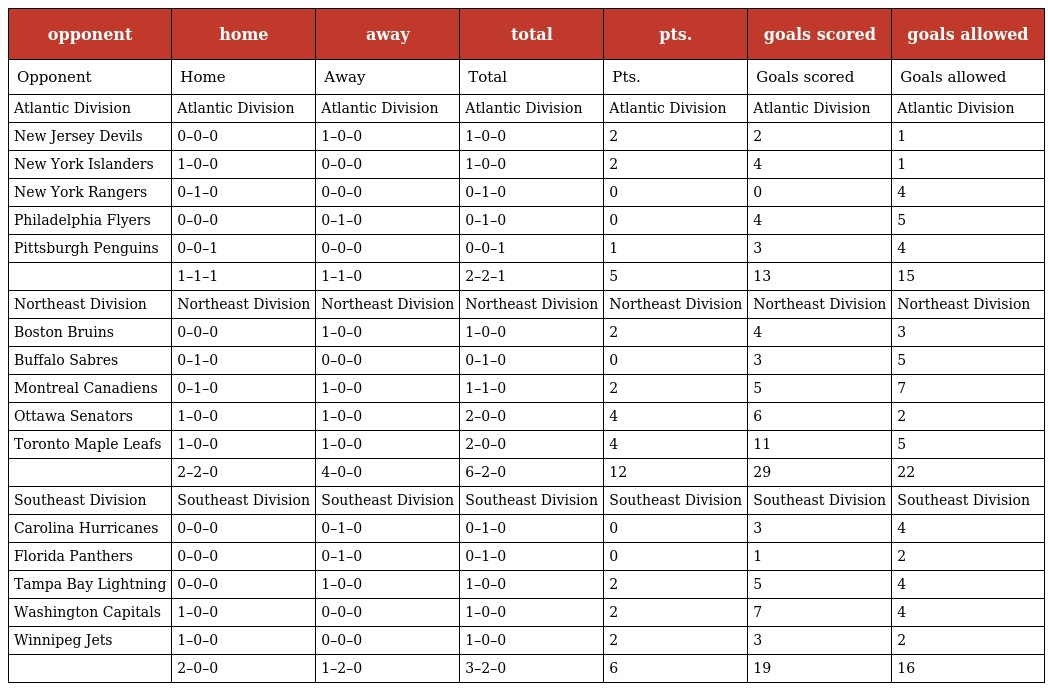
| opponent | home | away | total | pts. | goals scored | goals allowed |
 | --- | --- | --- | --- | --- | --- | --- |
 | Opponent | Home | Away | Total | Pts. | Goals scored | Goals allowed |
 | Atlantic Division | Atlantic Division | Atlantic Division | Atlantic Division | Atlantic Division | Atlantic Division | Atlantic Division |
 | New Jersey Devils | 0–0–0 | 1–0–0 | 1–0–0 | 2 | 2 | 1 |
 | New York Islanders | 1–0–0 | 0–0–0 | 1–0–0 | 2 | 4 | 1 |
 | New York Rangers | 0–1–0 | 0–0–0 | 0–1–0 | 0 | 0 | 4 |
 | Philadelphia Flyers | 0–0–0 | 0–1–0 | 0–1–0 | 0 | 4 | 5 |
 | Pittsburgh Penguins | 0–0–1 | 0–0–0 | 0–0–1 | 1 | 3 | 4 |
 |  | 1–1–1 | 1–1–0 | 2–2–1 | 5 | 13 | 15 |
 | Northeast Division | Northeast Division | Northeast Division | Northeast Division | Northeast Division | Northeast Division | Northeast Division |
 | Boston Bruins | 0–0–0 | 1–0–0 | 1–0–0 | 2 | 4 | 3 |
 | Buffalo Sabres | 0–1–0 | 0–0–0 | 0–1–0 | 0 | 3 | 5 |
 | Montreal Canadiens | 0–1–0 | 1–0–0 | 1–1–0 | 2 | 5 | 7 |
 | Ottawa Senators | 1–0–0 | 1–0–0 | 2–0–0 | 4 | 6 | 2 |
 | Toronto Maple Leafs | 1–0–0 | 1–0–0 | 2–0–0 | 4 | 11 | 5 |
 |  | 2–2–0 | 4–0–0 | 6–2–0 | 12 | 29 | 22 |
 | Southeast Division | Southeast Division | Southeast Division | Southeast Division | Southeast Division | Southeast Division | Southeast Division |
 | Carolina Hurricanes | 0–0–0 | 0–1–0 | 0–1–0 | 0 | 3 | 4 |
 | Florida Panthers | 0–0–0 | 0–1–0 | 0–1–0 | 0 | 1 | 2 |
 | Tampa Bay Lightning | 0–0–0 | 1–0–0 | 1–0–0 | 2 | 5 | 4 |
 | Washington Capitals | 1–0–0 | 0–0–0 | 1–0–0 | 2 | 7 | 4 |
 | Winnipeg Jets | 1–0–0 | 0–0–0 | 1–0–0 | 2 | 3 | 2 |
 |  | 2–0–0 | 1–2–0 | 3–2–0 | 6 | 19 | 16 |